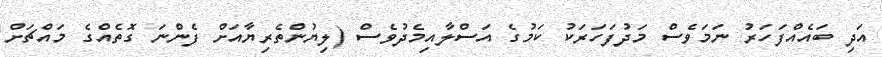
އަދި ބައެއްފަހަރު ނަމަވެސް މަދުފަހަރަކު ކަމުގެ އަސްލާއިމެދުވެސް (ލިޔުންތެރިޔާއަށް ފެންނަ ގޮތެއްގެ މައްޗަށް